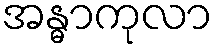
အန္ဓာကုလာ